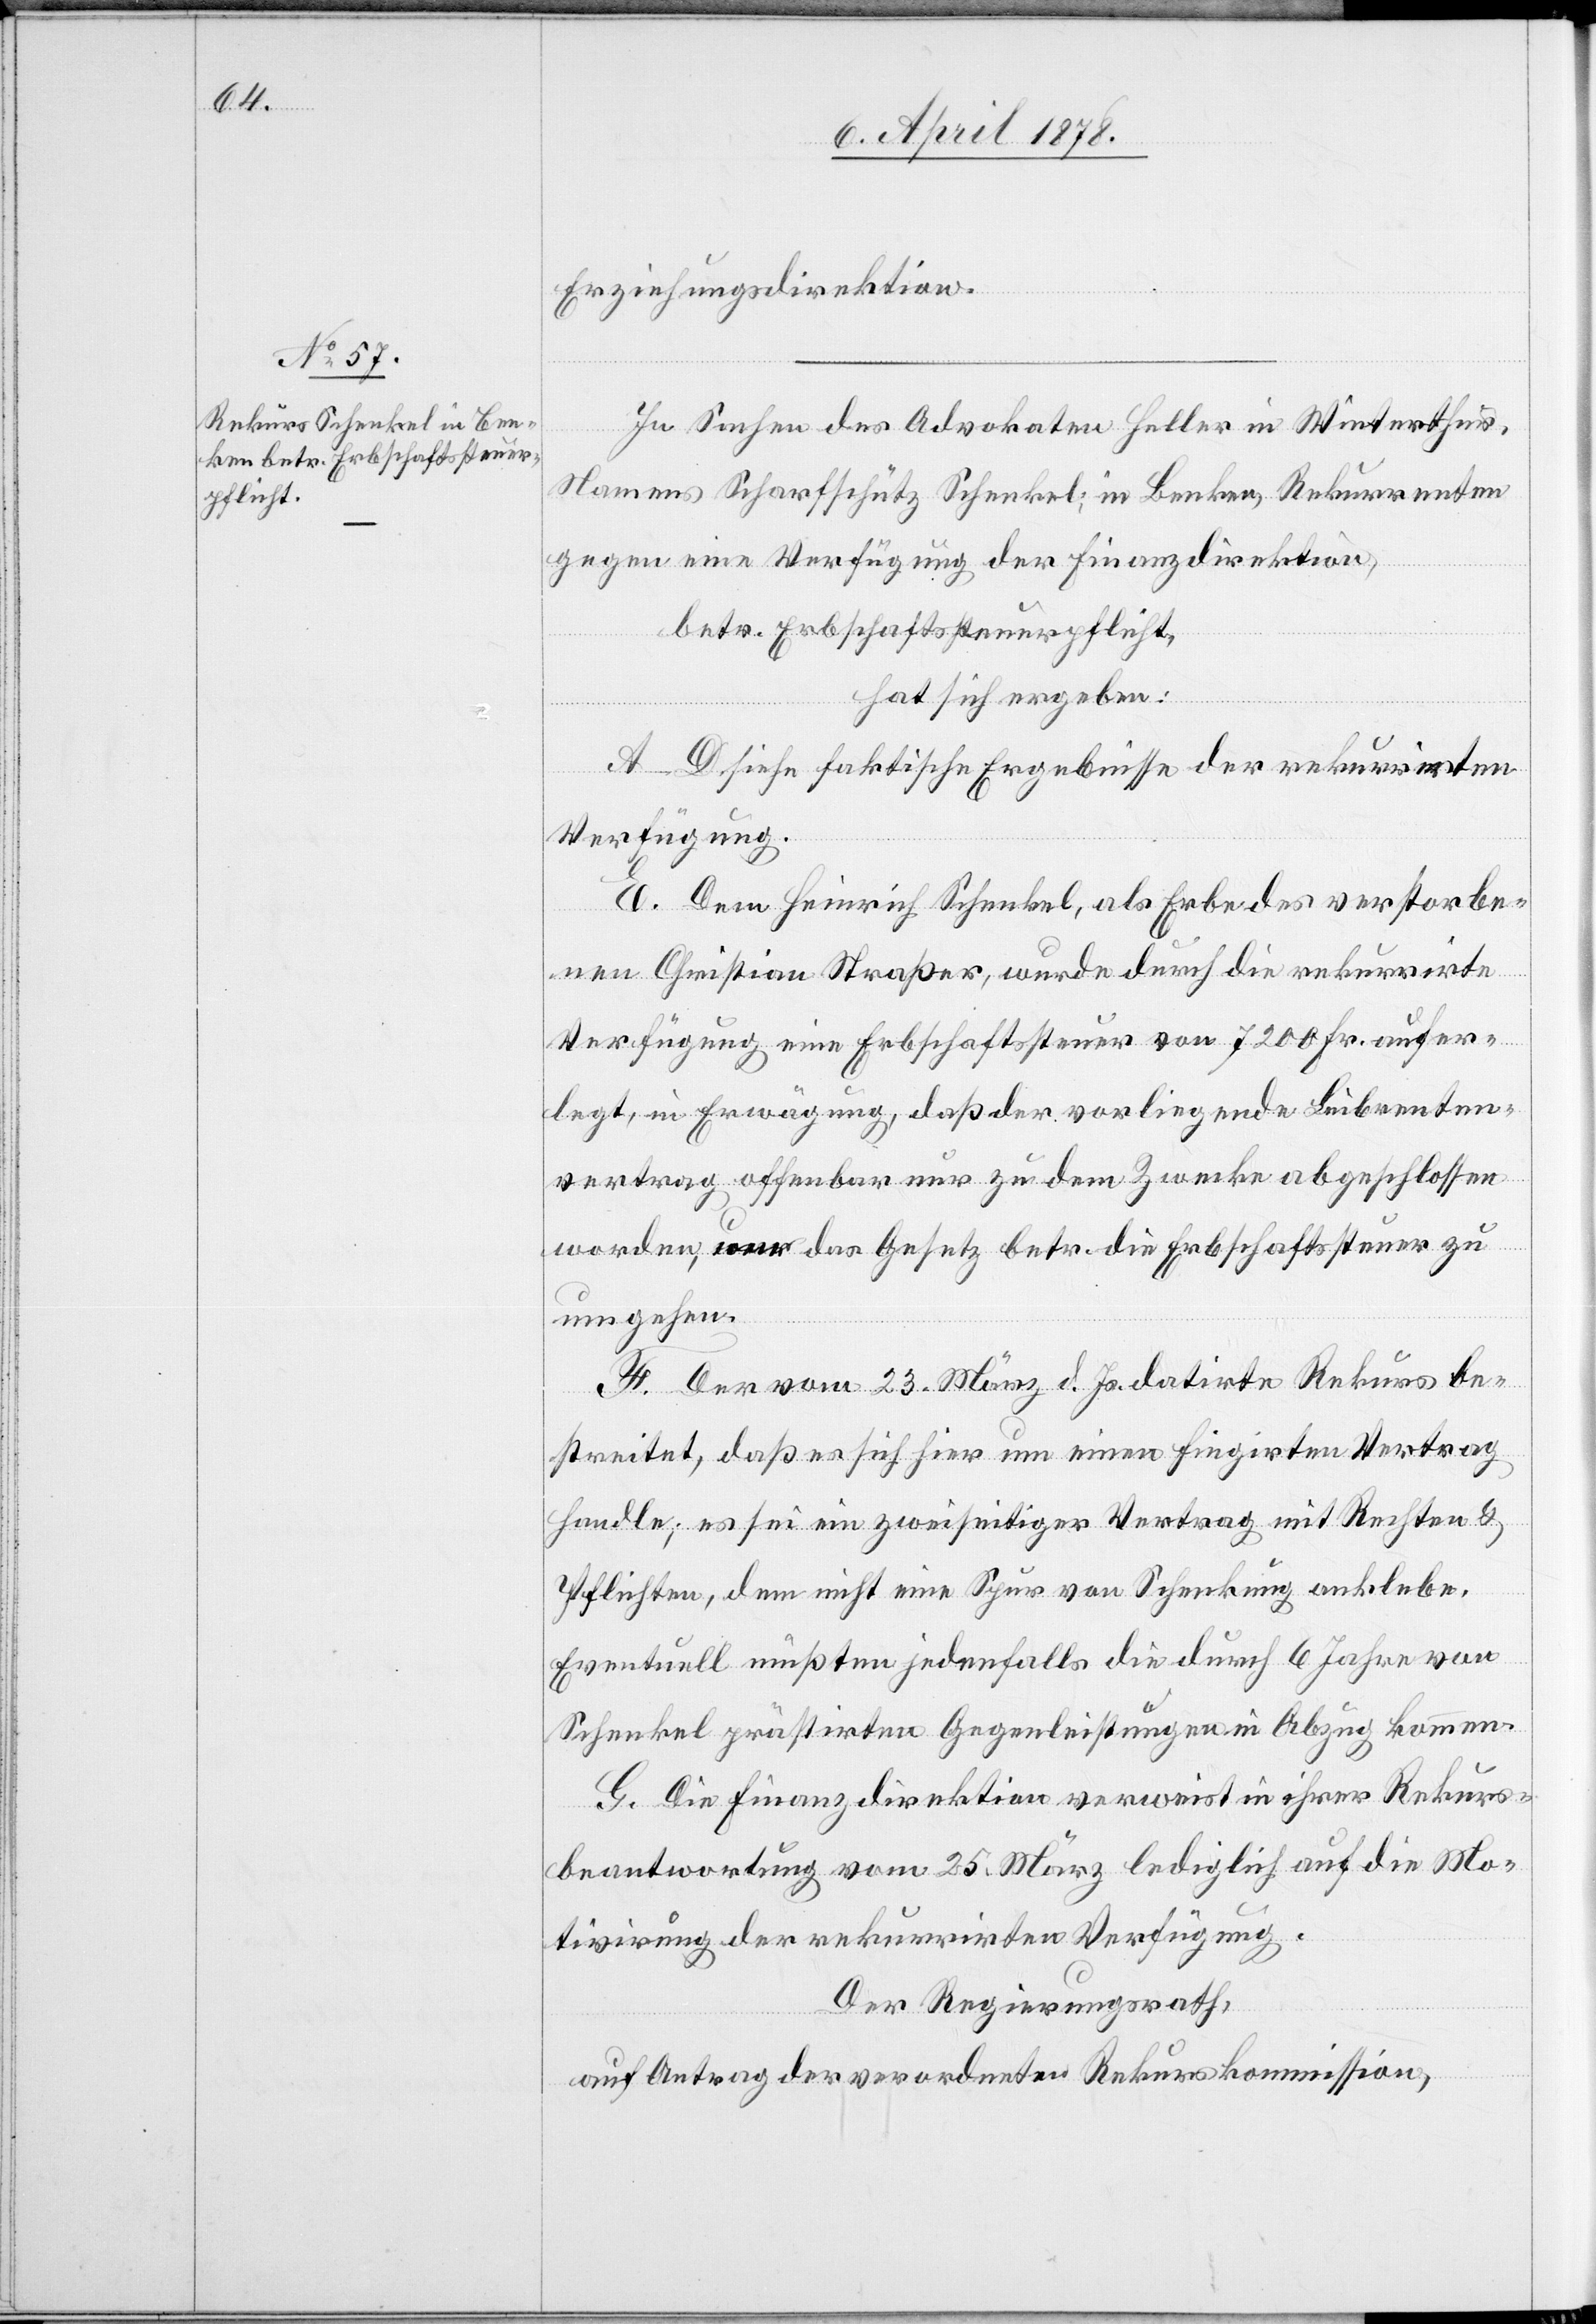
Erziehungsdirektion.
In Sachen des Advokaten Heller in Winterthur,
Namens Scharfschütz Schenkel; in Benken, Rekurrenten
gegen eine Verfügung der Finanzdirektion,
betr. Erbschaftssteuerpflicht,
hat sich ergeben:
A–D. siehe die faktische[n] Ergebnisse der rekurrirten
Verfügung.
E. Dem Heinrich Schenkel, als Erbe des verstorbe¬
nen Christian Straßer, wurde durch die rekurrirte
Verfügung eine Erbschaftssteuer von 7200 Fr. aufer¬
legt, in Erwägung, daß der vorliegende Leibrenten¬
vertrag offenbar nur zu dem Zwecke abgeschlossen
worden, um das Gesetz betr. die Erbschaftssteuer zu
umgehen.
F. Der vom 23. März d. Js. datirte Rekurs be¬
streitet, daß es sich hier um einen fingirten Vertrag
handle; es sei ein zweiseitiger Vertrag mit Rechten &
Pflichten, dem nicht eine Spur von Schenkung anklebe.
Eventuell müßten jedenfalls die durch 6 Jahre von
Schenkel prästirten Gegenleistungen in Abzug kommen.
G. Die Finanzdirektion verweist in ihrer Rekurs¬
beantwortung vom 25. März lediglich auf die Mo¬
tivirung der rekurrirten Verfügung.
Der Regierungsrath,
auf Antrag der verordneten Rekurskommission,